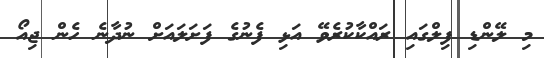
މި ލޭންޑި ފިލްގައި ރައްކާކުރެވޭ އަޅި ފެނުގެ ފަށަލައަށް ނުދާނެ ހެން ޖިއޯ